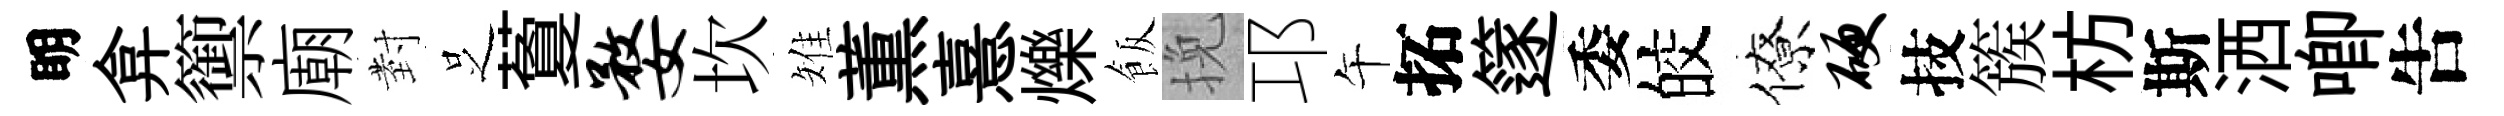
眀弇籞廟𭔹𠯁藑婺坎雉薫憙爍飯挽邛午拓篴委皎僚硬技簇枋斯洒唧吿